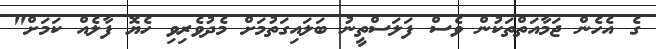
ގެ އެހެން ޖަމާއަތްތަކުން ވެސް ފަލަސްތީނު ބަލައިގަތުމަށް މެދުވެރިވި ހެޔޮ ފާލެއް ކަމަށް"